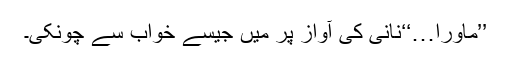
’’ماورا…‘‘نانی کی آواز پر میں جیسے خواب سے چونکی۔